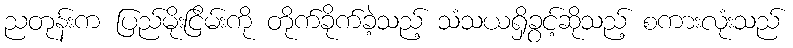
ညတုန်းက ပြည်မိုးငြိမ်းကို တိုက်ခိုက်ခဲ့သည့် သံသယရှိခွင့်ဆိုသည့် စကားလုံးသည်